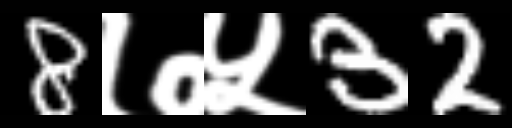
Text: 8७५32